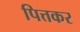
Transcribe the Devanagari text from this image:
पित्तकर